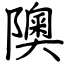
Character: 隩